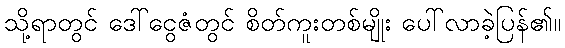
သို့ရာတွင် ဒေါ်ငွေဇံတွင် စိတ်ကူးတစ်မျိုး ပေါ်လာခဲ့ပြန်၏။